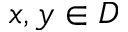
x , y \in D